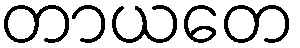
တာယတေ